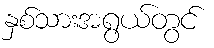
နှစ်သားအရွယ်တွင်